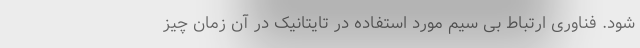
شود. فناوری ارتباط بی سیم مورد استفاده در تایتانیک در آن زمان چیز